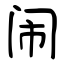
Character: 闹